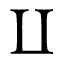
\coprod